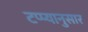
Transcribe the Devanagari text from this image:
टप्प्यानुसार